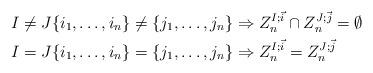
LaTeX: \begin{align*}I \neq J \{ i_1 , \ldots , i_n\} \neq \{j_1 ,\ldots , j_n \} &\Rightarrow Z^{I;\vec{i}}_n \cap Z^{J;\vec{j}}_n = \emptyset \\I = J \{ i_1 , \ldots , i_n\} = \{j_1 ,\ldots , j_n \} &\Rightarrow Z^{I;\vec{i}}_n = Z^{J;\vec{j}}_n\end{align*}